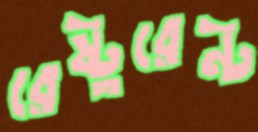
রেষ্টুরেন্ট